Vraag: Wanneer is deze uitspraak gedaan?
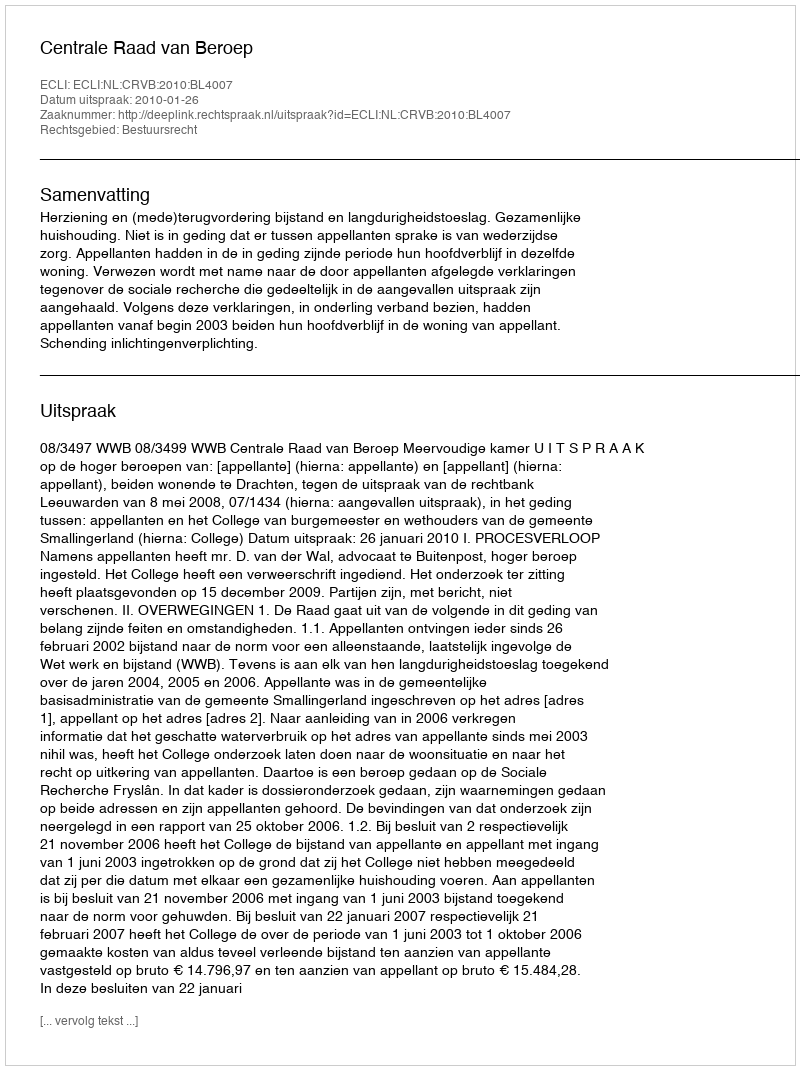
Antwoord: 2010-01-26